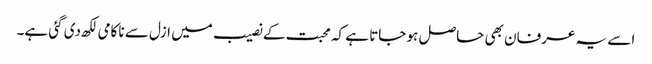
اسے یہ عرفان بھی حاصل ہو جاتا ہے کہ محبت کے نصیب میں ازل سے ناکامی لکھ دی گئی ہے۔